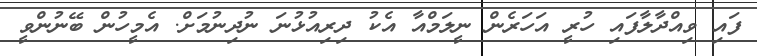
ފައި ވިއްދާލާފައި ހުރީ އަހަރެން ނީލަމްއާ އެކު ދިރިއުޅުނަ ނުދިނުމަށް. އެމީހުން ބޭނުންވީ